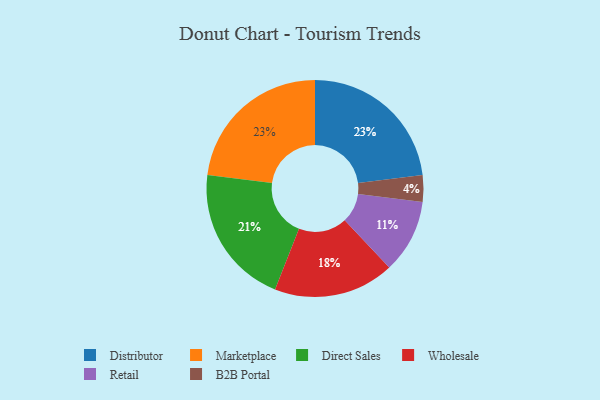
{"axis": {"x": "Category", "y": "Percentage"}, "legend": ["B2B Portal", "Direct Sales", "Distributor", "Marketplace", "Retail", "Wholesale"], "data": [{"x": "Distributor", "y": 23, "type": "Distributor"}, {"x": "Retail", "y": 11, "type": "Retail"}, {"x": "B2B Portal", "y": 4, "type": "B2B Portal"}, {"x": "Marketplace", "y": 23, "type": "Marketplace"}, {"x": "Direct Sales", "y": 21, "type": "Direct Sales"}, {"x": "Wholesale", "y": 18, "type": "Wholesale"}]}